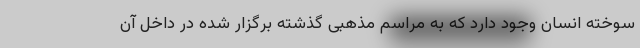
سوخته انسان وجود دارد که به مراسم مذهبی گذشته برگزار شده در داخل آن